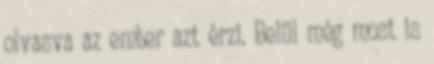
olvasva az ember azt érzi. Belül még most is